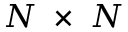
N \; \times \; N